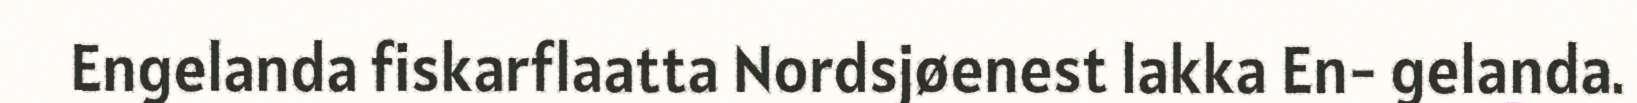
Engelanda fiskarflaatta Nordsjøenest lakka En- gelanda.